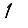
Digit: 1